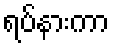
ရပ်နားကာ